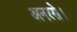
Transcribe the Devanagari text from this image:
अनरसे।